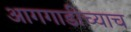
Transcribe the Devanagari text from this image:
आगगाडीच्याच